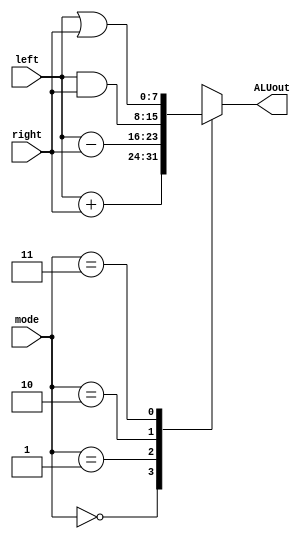
`timescale 1ns / 1ps
//////////////////////////////////////////////////////////////////////////////////
// Company: 
// Engineer: 
// 
// Design Name: 
// Module Name: ALU8
// Project Name: 
// Target Devices: 
// Tool Versions: 
// Description: 
// 
// Dependencies: 
// 
// Revision:
// Revision 0.01 - File Created
// Additional Comments:
// 
//////////////////////////////////////////////////////////////////////////////////


module ALU8(
    input [7:0] left,right,
    input [1:0] mode,
    output reg [7:0] ALUout
    );
    always@(left,right,mode)begin
        case(mode)
            0:ALUout = left+right;
            1:ALUout = left-right;
            2:ALUout = left&right;
            3:ALUout = left|right;
            default:ALUout = 8'bx;
        endcase
    
    end
endmodule